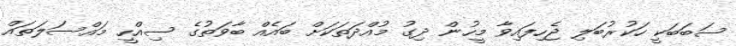
ސަބަބަކީ ހަކުރުބަލި ޖެހިފައިވާ މީހުން ދިގު މުއްދަތަކަށް ބައެއް ބާވަތުގެ ސިއްހީ މައްސަލަތައް